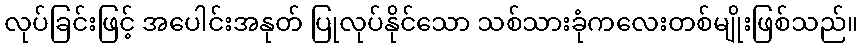
လုပ်ခြင်းဖြင့် အပေါင်းအနုတ် ပြုလုပ်နိုင်သော သစ်သားခုံကလေးတစ်မျိုးဖြစ်သည်။